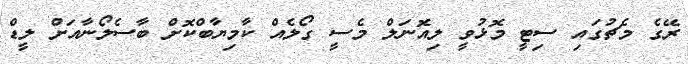
ރޭގެ މެޗުގައި ސިޓީ މޮޅުވީ ލިއޮނަލް މެސީ ގޯލެއް ކާމިޔާބްކޮށް ބާސެލޯނާއަށް ލީޑް